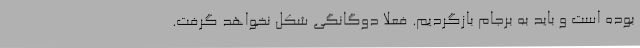
بوده است و باید به برجام بازگردیم. فعلاً دوگانگی شکل نخواهد گرفت.